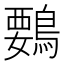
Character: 䳩